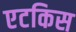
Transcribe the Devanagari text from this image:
एटकिस